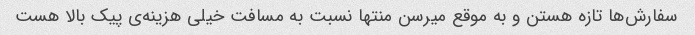
سفارش‌ها تازه هستن و به موقع میرسن منتها نسبت به مسافت خیلی هزینه‌ی پیک بالا هست‌